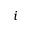
i